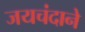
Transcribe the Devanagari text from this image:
जयचंदाने